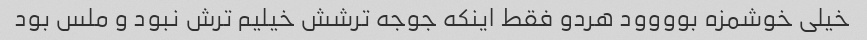
خیلی خوشمزه بوووود هردو فقط اینکه جوجه ترشش خیلیم ترش نبود و ملس بود